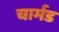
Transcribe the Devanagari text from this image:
चार्मड